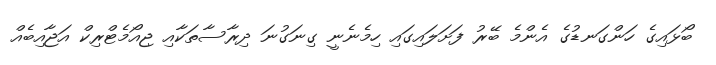
ބޯޅައިގެ ހަންގަނޑުގެ އެންމެ ބޭރު ފަށަލައިގައި ހިމެނެނީ ގިނަގުނަ ދިރާސާތަކާއި ޖިއޯމެޓްރިކް އަޖާއިބެއް